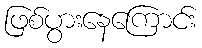
ဖြစ်ပွားနေကြောင်း